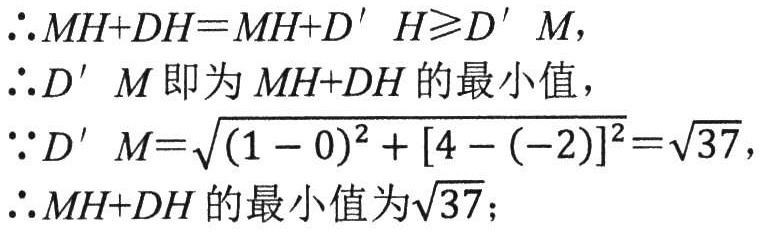
\(\therefore MH + DH = MH + D'H\geqslant D'M,\)
\(\therefore D'M\) 即为 \(MH + DH\) 的最小值，
\(\because D'M=\sqrt{(1 - 0)^2 + [4 - (-2)]^2}=\sqrt{37},\)
\(\therefore MH + DH\) 的最小值为\(\sqrt{37};\)
\(\therefore MH + DH\) 的最小值为\(\sqrt{37};\)